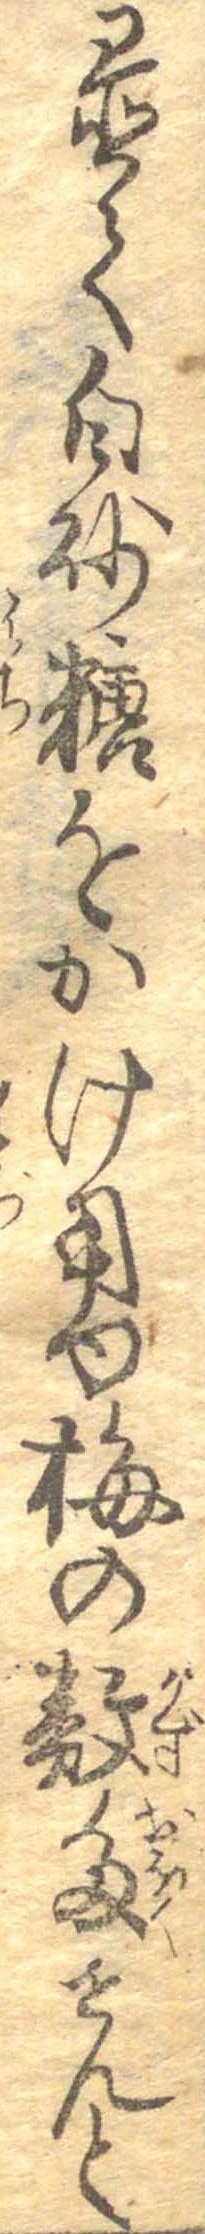
置て白砂糖をかけ用ゆ梅の数多せんと